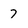
Character: 7